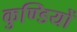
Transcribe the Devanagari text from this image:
कुण्डियों